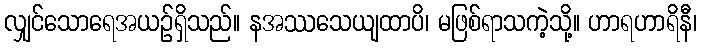
လျှင်သောရေအယဉ်ရှိသည်။ နအဿသေယျထာပိ၊ မဖြစ်ရာသကဲ့သို့။ ဟာရဟာရိနီ၊